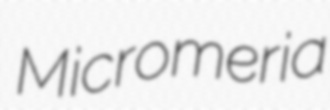
Micromeria